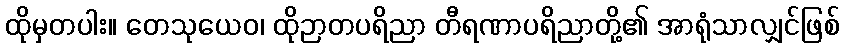
ထိုမှတပါး။ တေသုယေဝ၊ ထိုဉာတပရိညာ တီရဏာပရိညာတို့၏ အာရုံသာလျှင်ဖြစ်